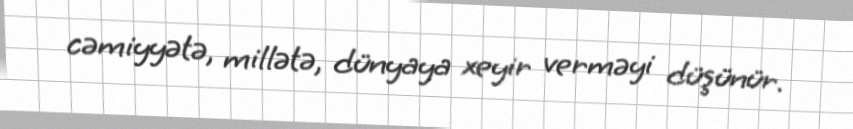
cəmiyyətə, millətə, dünyaya xeyir verməyi düşünür.